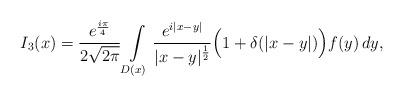
LaTeX: \begin{align*} I_3(x)=\frac{e^{\frac{i\pi}{4}}}{2\sqrt{2\pi}} \int\limits_{D(x)}\frac{e^{i|x-y|}}{|x-y|^{\frac12}}\Bigl(1+\delta(|x-y|)\Bigr)f(y)\,dy, \end{align*}